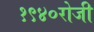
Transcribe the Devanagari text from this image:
१९४०रोजी